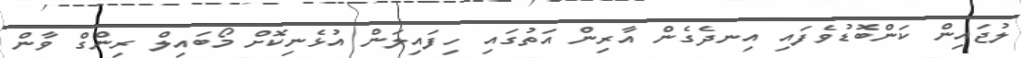
ލުޖައިން ކަންބޮޑުވެފައި އިނދެގެން އާރިން އަތުގައި ހިފައިލަން އުޅެނިކޮށް މޯބައިލް ރިންގް ވާން